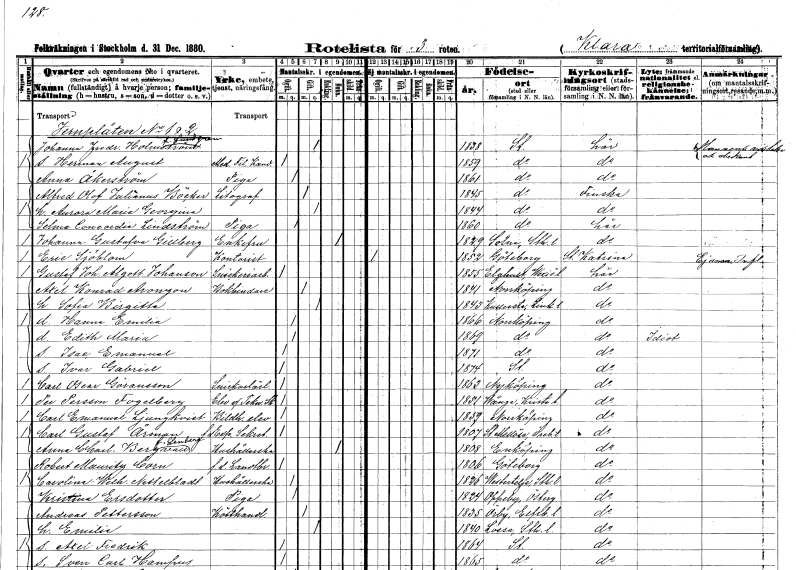
gt_parse: households: individuals: FN: Johanna Fredrika
EN: Holmström Lundgren
KON: K
CIV: G
FODAR: 1838
FODFORS: Stockholm
FN: Herman August
YRKE: Medicine fil. Kand.
KON: M
CIV: O
FODAR: 1859
FODFORS: Stockholm
FN: Anna
EN: Åkerström
YRKE: Piga
KON: K
CIV: O
FODAR: 1861
FODFORS: Stockholm
FN: Alfred Olof Julianus
EN: Böcker??
YRKE: Litograf
KON: M
CIV: G
FODAR: 1845
FODFORS: Stockholm
FN: Aurora Maria Georgina
KON: K
CIV: G
FODAR: 1844
FODFORS: Stockholm
FN: Selma Concordia
EN: Lindström
YRKE: Piga
KON: K
CIV: O
FODAR: 1860
FODFORS: Stockholm
FN: Johanna Gustafva
EN: Gillberg
KON: K
CIV: E
FODAR: 1829
FODFORS: Solna Stockholms län
FN: Eric
EN: Sjöblom
YRKE: Kontorist
KON: M
CIV: O
FODAR: 1852
FODFORS: Göteborg Göteborgs- och Bohuslän
FN: Gustaf Johan Algott
EN: Johanson
YRKE: Snickeriarbetare
KON: M
CIV: O
FODAR: 1855
FODFORS: Älghult Kronobergs län
FN: Axel Konrad
EN: Aronzon
YRKE: Bokbindare
KON: M
CIV: G
FODAR: 1841
FODFORS: Norrköping Östergötlands län
FN: Sofia Birgitta
KON: K
CIV: G
FODAR: 1843
FODFORS: Kullerstad Östergötlands län
FN: Hanna Emilia
KON: K
CIV: O
FODAR: 1866
FODFORS: Norrköping Östergötlands län
FN: Edith Maria
KON: K
CIV: O
FODAR: 1869
FODFORS: Norrköping Östergötlands län
FN: Isac Emanuel
KON: M
CIV: O
FODAR: 1871
FODFORS: Norrköping Östergötlands län
FN: Ivar Gabriel
KON: M
CIV: O
FODAR: 1874
FODFORS: Stockholm
FN: Carl Oscar
EN: Göransson
YRKE: Snickarelärling
KON: M
CIV: O
FODAR: 1863
FODFORS: Nyköping Södermanlands län
FN: Per
EN: Persson Fogelberg
YRKE: Elev
KON: M
CIV: O
FODAR: 1851
FODFORS: Vånga Kristianstads län
FN: Carl Emanuel
EN: Ljungkvist
YRKE: Bildhuggareelev
KON: M
CIV: O
FODAR: 1859
FODFORS: Norrköping Östergötlands län
FN: Carl Gustaf
EN: Årman
YRKE: Expeditionssekreterare f.d.
KON: M
CIV: O
FODAR: 1807
FODFORS: Stora Mellösa Örebro län
FN: Anna Charlotta
EN: Bergvall Lenberg
YRKE: Hushållerska
KON: K
CIV: E
FODAR: 1808
FODFORS: Enköping Uppsala län
FN: Robert Mauritz
EN: Corn
YRKE: Lantbrukare f.d.
KON: M
CIV: O
FODAR: 1806
FODFORS: Göteborg Göteborgs- och Bohuslän
FN: Carolina Wilhelmina
EN: Nettelbladt
YRKE: Hushållerska
KON: K
CIV: O
FODAR: 1826
FODFORS: Västertälje Stockholms län
FN: Kristina
EN: Ersdotter
YRKE: Piga
KON: K
CIV: O
FODAR: 1824
FODFORS: Oppeby Östergötlands län
FN: Andreas
EN: Pettersson
YRKE: Kötthandlare
KON: M
CIV: G
FODAR: 1835
FODFORS: Örby Älvsborgs län
FN: Emilia
KON: K
CIV: G
FODAR: 1840
FODFORS: Lossa Stockholms län
FN: Axel Fredrik
KON: M
CIV: O
FODAR: 1864
FODFORS: Stockholm
FN: Sven Carl Hampus
KON: M
CIV: O
FODAR: 1865
FODFORS: Stockholm